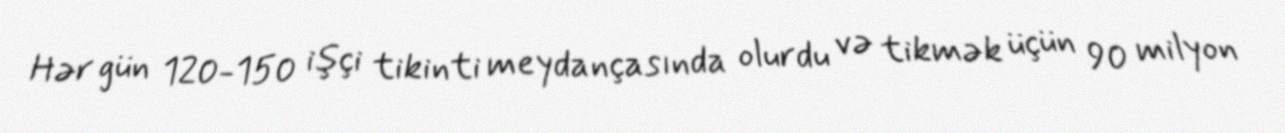
Hər gün 120-150 işçi tikinti meydançasında olurdu və tikmək üçün 90 milyon